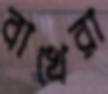
বাখেরা